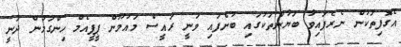
އެގޮފިތަކުން ނެރެފައިވާ ބަޔާންތަކުގައި ބުނެފައި ވަނީ ރައީސް މައުމޫން ޕީޕީއެމް ހިންގަމުން ދަނީ